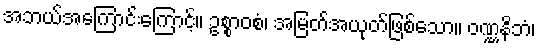
အဘယ်အကြောင်းကြောင့်။ ဥစ္စာဝစံ၊ အမြတ်အယုတ်ဖြစ်သော။ ဝဏ္ဏနိဘံ၊